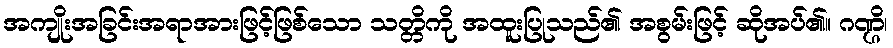
အကျိုးအခြင်းအရာအားဖြင့်ဖြစ်သော သတ္တိကို အထူးပြုသည်၏ အစွမ်းဖြင့် ဆိုအပ်၏။ ဂဏ္ဌိ၊